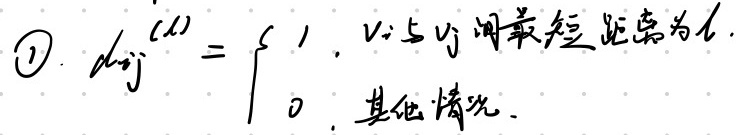
\textcircled{1}
\[
d_{ij}^{(l)}=\begin{cases}
1, & \text{若 }v_i\text{ 与 }v_j\text{ 间最短距离为 }l \\
0, & \text{其他情况}
\end{cases}
\]